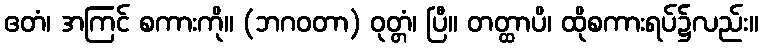
ဧတံ၊ အကြင် စကားကို။ (ဘဂဝတာ) ဝုတ္တံ၊ ပြီ။ တတ္ထာပိ၊ ထိုစကားရပ်၌လည်း။